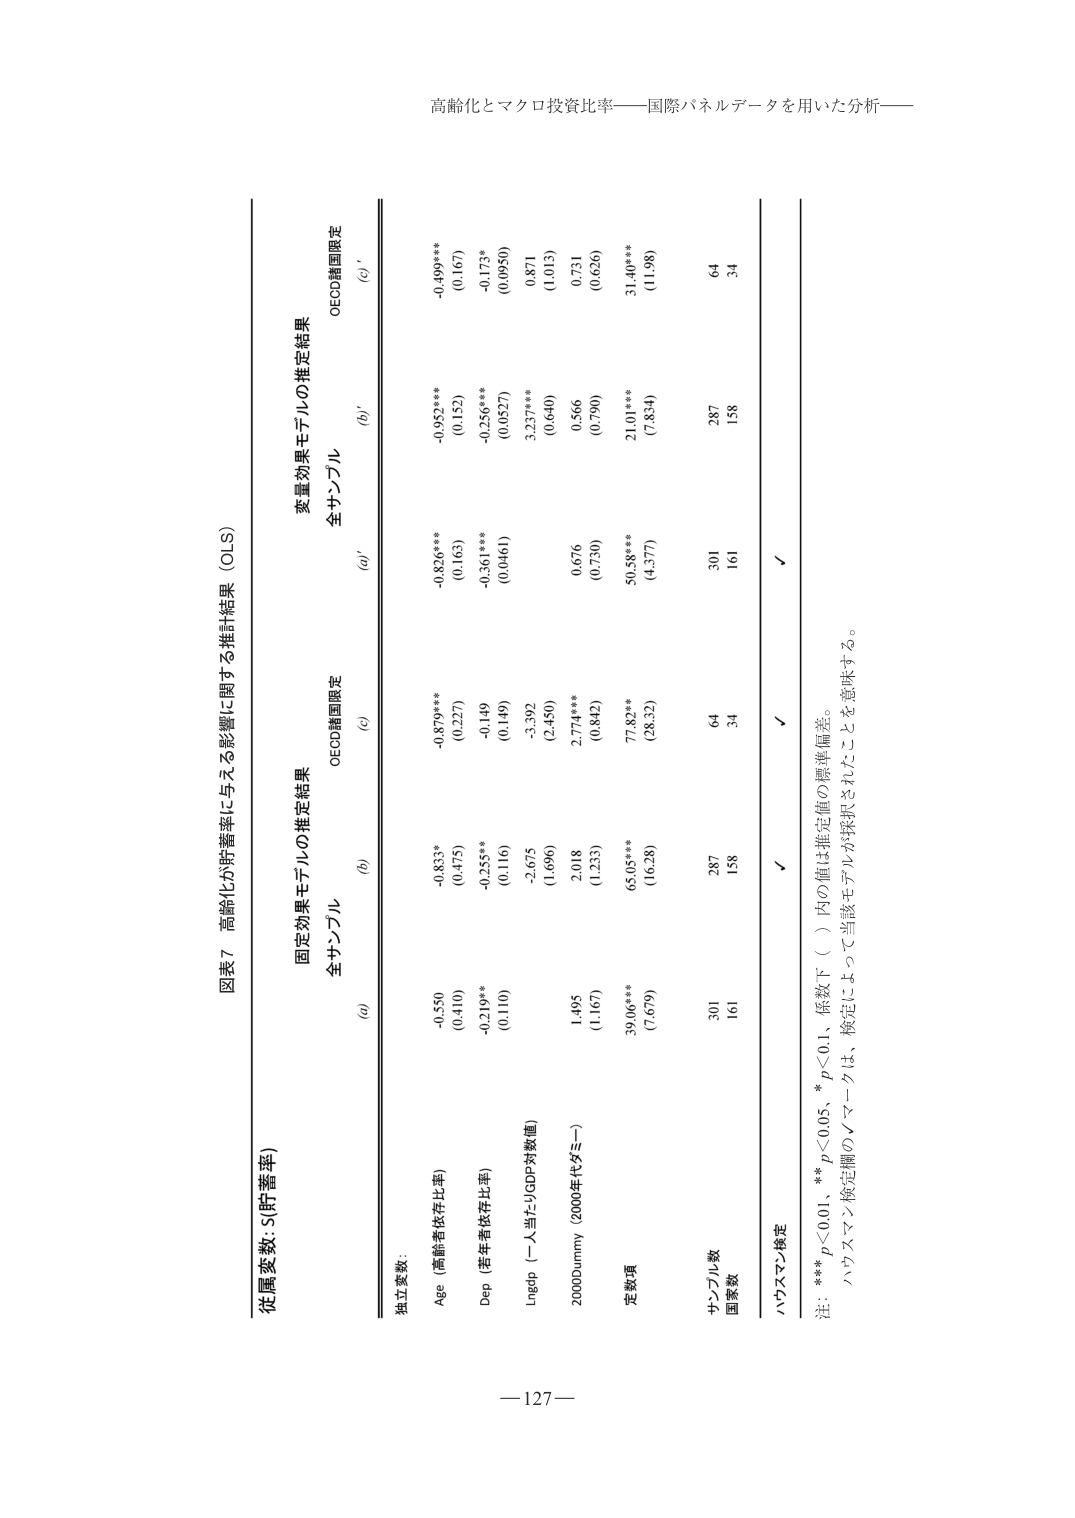
高齢化とマクロ投資比率――国際パネルデータを用いた分析――

図表7 高齢化が貯蓄率に与える影響に関する推計結果（OLS）

従属変数: S(貯蓄率)

固定効果モデルの推定結果
変量効果モデルの推定結果

全サンプル
全サンプル

(a)
(b)
(c)
(a)'
(b)'
(c)'

独立変数:

Age（高齢者依存比率）
-0.550
-0.833*
-0.879***
-0.836***
-0.952***
-0.499***
(0.410)
(0.475)
(0.227)
(0.163)
(0.152)
(0.167)

Dep（老年者依存比率）
-0.219**
-0.255**
-0.149
-0.361***
-0.256***
-0.173*
(0.110)
(0.116)
(0.149)
(0.0461)
(0.0527)
(0.0950)

Lngdp（一人当たりGDP対数値）
-2.675
-3.392
3.237***
0.871
(1.696)
(2.450)
(0.640)
(1.013)

2000Dummy（2000年代ダミー）
1.495
2.018
2.774***
0.676
0.566
0.731
(1.167)
(1.233)
(0.842)
(0.730)
(0.790)
(0.626)

定数項
39.06***
65.05***
77.82***
50.58***
21.01***
31.40***
(7.679)
(16.28)
(28.32)
(4.377)
(7.834)
(11.98)

サンプル数
301
287
64
301
287
64

国家数
161
158
34
161
158
34

ハウスマン検定
✓
✓
✓

注: *** p<0.01、** p<0.05、* p<0.1、原数下（ ）内の値は推定値の標準偏差。
ハウスマン検定欄の✓マークは、検定によって当該モデルが採択されたことを意味する。

—127—